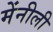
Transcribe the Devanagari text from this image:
मेंनीली